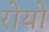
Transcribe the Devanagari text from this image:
रोयो